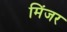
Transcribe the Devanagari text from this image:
मिंजर